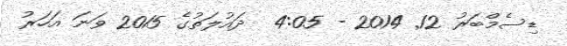
ޑިސެމްބަރު 12